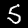
Label: 5